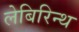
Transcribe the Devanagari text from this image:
लेबिरिन्थ